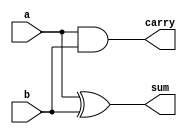
module half_adder_dataflow(
	
	input a,
	input b,
	output sum,
	output carry
	);
	
	assign sum = a ^ b; // a XOR b
	assign carry = a & b; // a AND b
	
endmodule